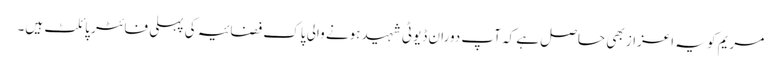
مریم کو یہ اعزاز بھی حاصل ہے کہ آپ دوران ڈیوٹی شہید ہونے والی پاک فضائیہ کی پہلی فائٹر پائلٹ ہیں۔